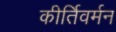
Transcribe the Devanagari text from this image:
कीर्तिवर्मन